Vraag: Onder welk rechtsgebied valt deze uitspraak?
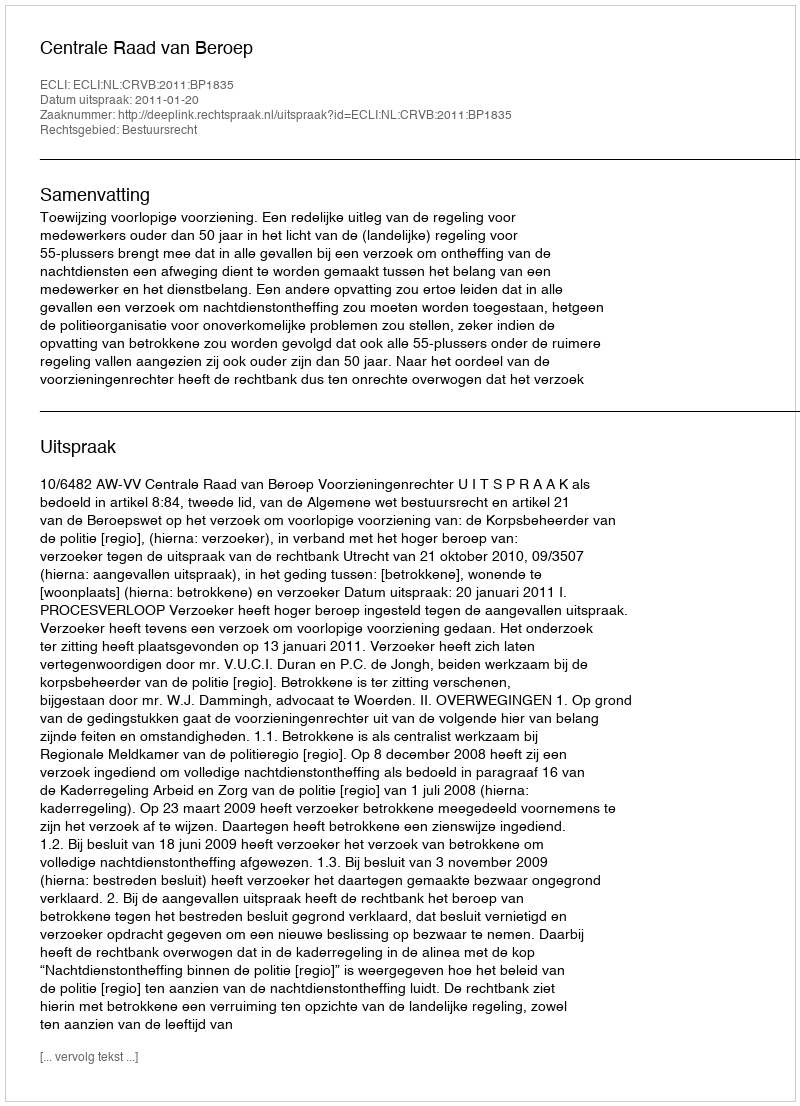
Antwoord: Bestuursrecht